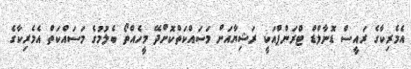
އެމެރިކާގެ ރައީސް ޑޮނާލްޑް ޓްރަންޕްއަކީ ރަޝިޔާއަށް މަސައްކަތްކޮށްދޭ މީހެއްތޯ ބެލުމުގެ މަސައްކަތް އެމެރިކާގެ